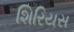
શિરિયસ